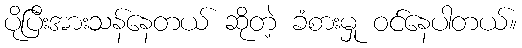
ပိုပြီးအားသန်နေတယ် ဆိုတဲ့ ခံစားမှု ဝင်နေပါတယ်။